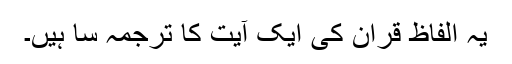
یہ الفاظ قران کی ایک آیت کا ترجمہ سا ہیں۔